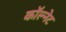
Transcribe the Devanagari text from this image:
कॉल्नेट